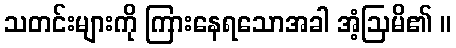
သတင်းများကို ကြားနေရသောအခါ အံ့ဩမိ၏ ။